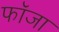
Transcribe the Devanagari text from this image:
फॉजा